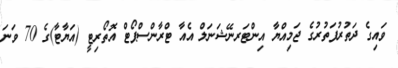
ވައިގެ ދަތުރުފަތުރުގެ ޖަމިއްޔާ އިންޓަރނޭޝަނަލް އެއާ ޓްރާންސްޕޯޓް އޮތޯރިޓީ (އަޔާޓާ)ގެ 70 ވަނަ